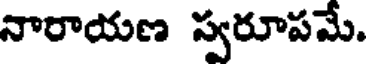
నారాయణ స్వరూపమే.